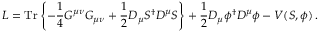
L = \mathrm { T r } \left\{ - \frac { 1 } { 4 } G ^ { \mu \nu } G _ { \mu \nu } + \frac { 1 } { 2 } D _ { \mu } S ^ { \dagger } D ^ { \mu } S \right\} + \frac { 1 } { 2 } D _ { \mu } \phi ^ { \dagger } D ^ { \mu } \phi - V ( S , \phi ) \, .